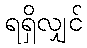
ရရှိလျှင်